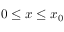
0 \leq x \leq x _ { 0 }